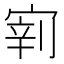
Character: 𱚎